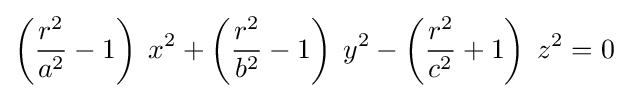
\left({\frac {r^{2}}{a^{2}}}-1\right)\;x^{2}+\left({\frac {r^{2}}{b^{2}}}-1\right)\;y^{2}-\left({\frac {r^{2}}{c^{2}}}+1\right)\;z^{2}=0\